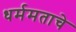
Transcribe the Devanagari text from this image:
धर्ममताचे